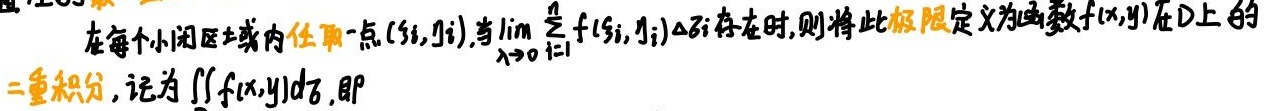
在每个小闭区域内任取一点$(\xi_i,\eta_i)$,当$\lim\limits_{\lambda \to 0}\sum_{i = 1}^{n}f(\xi_i,\eta_i)\Delta\sigma_i$存在时,则将此极限定义为函数$f(x,y)$在$D$上的二重积分,记为$\iint_{D}f(x,y)d\sigma$,即